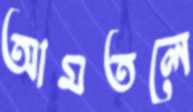
আমতলে